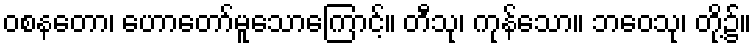
ဝစနတော၊ ဟောတော်မူသောကြောင့်။ တီသု၊ ကုန်သော။ ဘဝေသု၊ တို့၌။